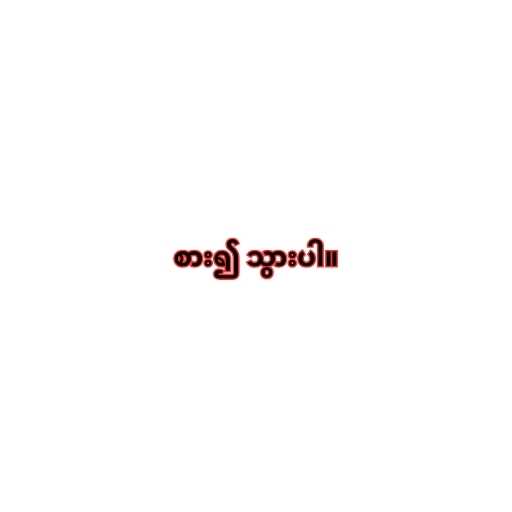
စား၍ သွားပါ။